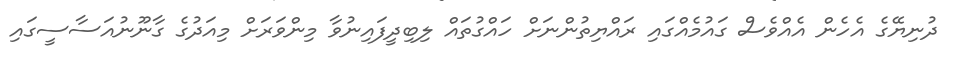
ދުނިޔޭގެ އެހެން އެއްވެސް ގައުމެއްގައި ރައްޔިތުންނަށް ހައްގުތައް ލިބިދީފައިނުވާ މިންވަރަށް މިއަދުގެ ގާނޫނުއަސާސީގައި